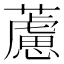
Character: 藘